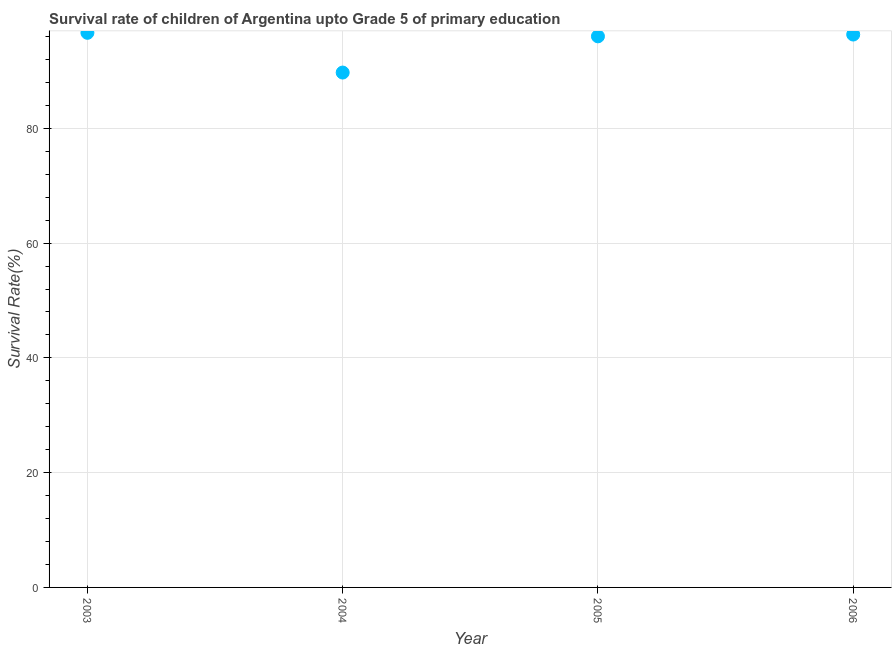
| Year | Survival rate |
 | --- | --- |
 | 2003 | 96.6 |
 | 2004 | 89.7 |
 | 2005 | 96 |
 | 2006 | 96.3 |